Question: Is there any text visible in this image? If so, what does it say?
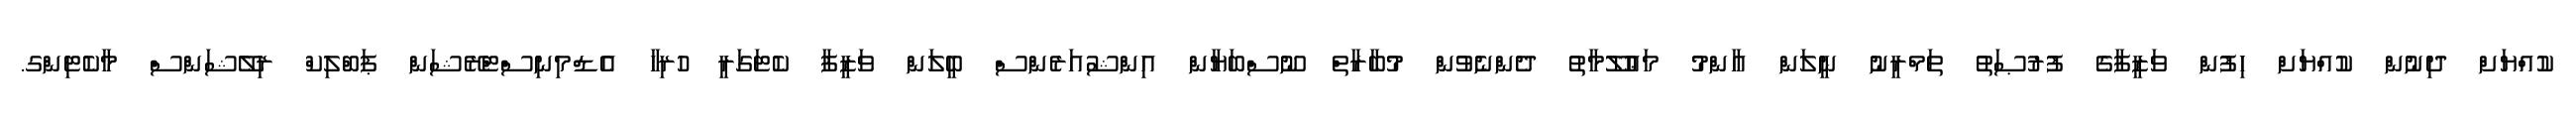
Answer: ކުއްޔަށް ދިނުން ކުއްޔަށް ހިފުން ވަޒީފާގެ ފުރުޞަތު ތަމްރީނު ނީލަން ޢާންމު މަޢުލޫމާތު ދެންނެވުން މުބާރާތް ނޫސްބަޔާން އިންޝުއަރެންސް ބީލަން ވަޒީފާ ކެޓަގަރީ ހުރިހާ އެޑްމިނިސްޓްރޭޝަން ޕަބްލިކް ރިލޭޝަންސް މާކެޓިންގ.